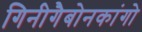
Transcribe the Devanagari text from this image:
गिनीगैबोनकांगो